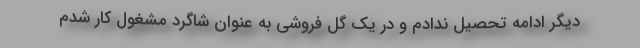
دیگر ادامه تحصیل ندادم و در یک گل فروشی به عنوان شاگرد مشغول کار شدم